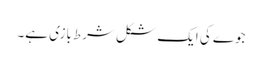
جوے کی ایک شکل شرط بازی ہے۔